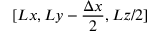
[ L x , L y - \frac { \Delta x } { 2 } , L z / 2 ]